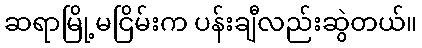
ဆရာမြို့မငြိမ်းက ပန်းချီလည်းဆွဲတယ်။